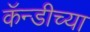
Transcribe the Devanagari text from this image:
कॅन्डीच्या